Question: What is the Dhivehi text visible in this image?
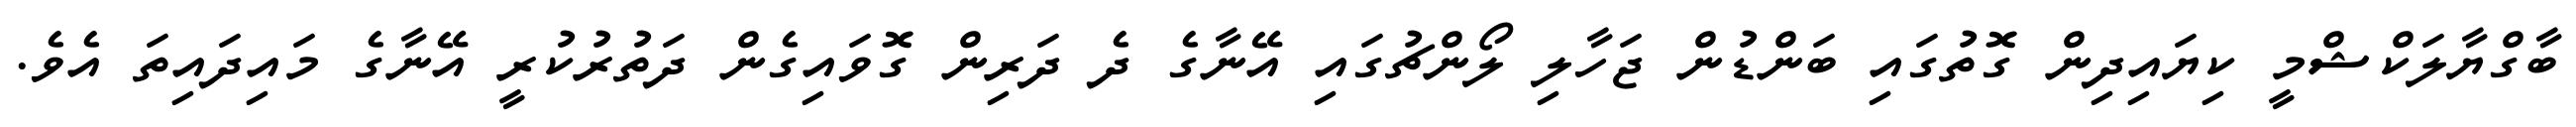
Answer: ބާގްޔާލަކްޝްމީ ކިޔައިދިން ގޮތުގައި ބަންޑުން ޖަހާލި ލޯންޗުގައި އޭނާގެ ދެ ދަރިން ގޮވައިގެން ދަތުރުކުރީ އޭނާގެ މައިދައިތަ އެވެ.